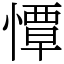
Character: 憛